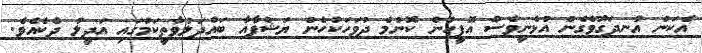
އެކަން އުނދަގޫވެގެން އުޅެނީވެސް އޮފީހުން ކޮންމެ ދުވަހަކުހެން ޔަޝްފާއާ ބައްދަލުވާތީކަމުގައި އަދީލު ދެކެއެވެ.